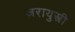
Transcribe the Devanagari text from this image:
ज़रायुस्त्री